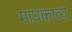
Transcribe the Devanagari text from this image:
माघकाव्य